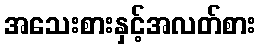
အသေးစားနှင့်အလတ်စား